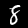
Label: 8